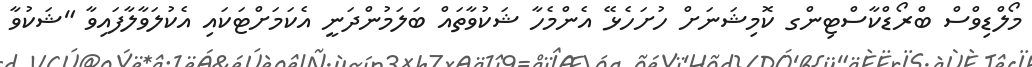
މޯލްޑިވްސް ބްރޯޑްކާސްޓިންގ ކޮމިޝަނަށް ހުށަހެޅޭ އެންމެހާ ޝަކުވާތައް ބަލަމުންދަނީ އެކަމަށްޓަކައި އެކުލަވާލާފައިވާ "ޝަކުވާ